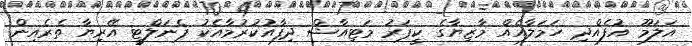
އަލަމޫ އުފެއްދި ހަމަލާއެއް މާޒިޔާގެ ކީޕަރު މަޓިއާޝް ދިފާއުކުރުމާއެކު ޕެނަލްޓީ އޭރިޔާ ތެރެއިން